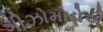
ગીઝોમોડોએ